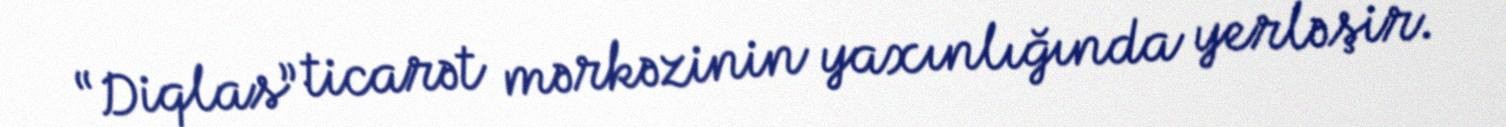
“Diqlas” ticarət mərkəzinin yaxınlığında yerləşir.